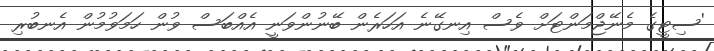
'ސިޓީގެ މެނޭޖްމަންޓަށް ވެސް އިނގޭނެ އަހަރެން ބޭނުންވަނީ އެއްބަސް ވުން ހަމަވުމުން އެނބުރި